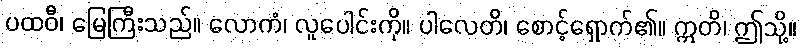
ပထဝီ၊ မြေကြီးသည်။ လောကံ၊ လူပေါင်းကို။ ပါလေတိ၊ စောင့်ရှောက်၏။ ဣတိ၊ ဤသို့။